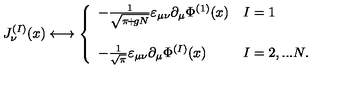
J _ { \nu } ^ { ( I ) } ( x ) \longleftrightarrow \left\{ \begin{array} { l l } { - \frac { 1 } { \sqrt { \pi \! + \! g N } } \varepsilon _ { \mu \nu } \partial _ { \mu } \Phi ^ { ( 1 ) } ( x ) } & { I = 1 } \\ { } & { } \\ { - \frac { 1 } { \sqrt { \pi } } \varepsilon _ { \mu \nu } \partial _ { \mu } \Phi ^ { ( I ) } ( x ) } & { I = 2 , . . . N . } \\ \end{array} \right.